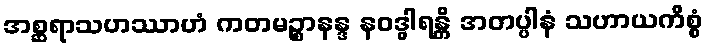
အစ္ဆရာသဟဿာဟံ ကတမဉ္စာနန္ဒ နဝဒွါရန္တိ အတပ္ပါနံ သဟာယကိစ္စံ